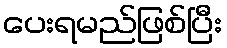
ပေးရမည်ဖြစ်ပြီး